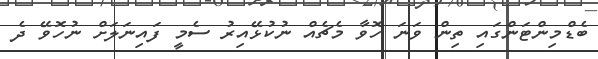
ބެޑްމިންޓަންގައި ތިން ވަނަ ހޮވާ މެޗެއް ނުކުޅޭއިރު ސެމީ ފައިނަލަށް ނުހޮވޭ ދެ